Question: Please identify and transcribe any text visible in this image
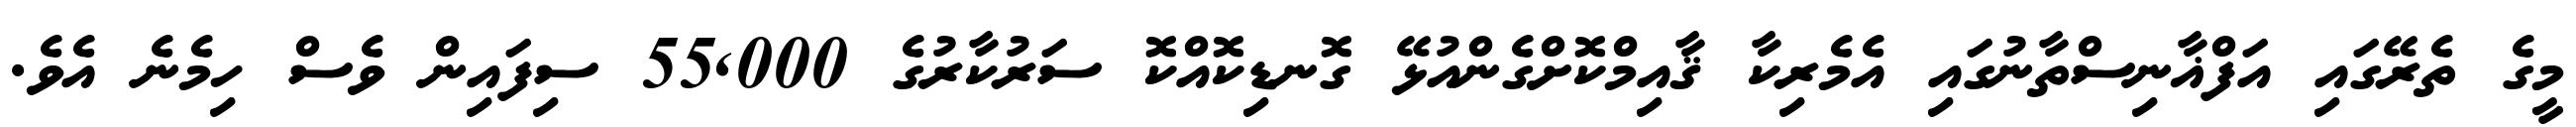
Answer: މީގެ ތެރޭގައި އަފްޣާނިސްތާނުގައި އެމެރިކާ ޤާއިމްކޮށްގެންއުޅޭ ގޮނޑިކޮއްކޮ ސަރުކާރުގެ 55,000 ސިފައިން ވެސް ހިމެނެ އެވެ.